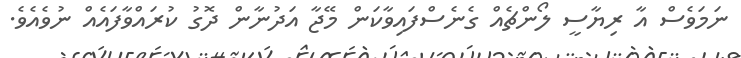
ނަމަވެސް އާ ރިޔާސީ ލޯންޗެއް ގެނެސްފައިވާކަން މޭޖާ އަދުނާން ދޮގު ކުރައްވާފައެއް ނުވެއެވެ.